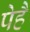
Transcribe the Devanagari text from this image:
पेहै